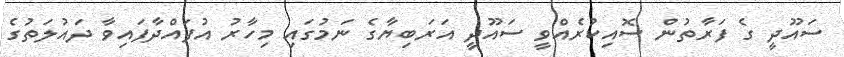
ސައޫދީ ގެ ފަރާތުން ސޮއިކުރެއްވީ ސައޫދީ އަރަބިޔާގެ ނަމުގައި މިހާރު އުފައްދާފައިވާ ދައުލަތުގެ